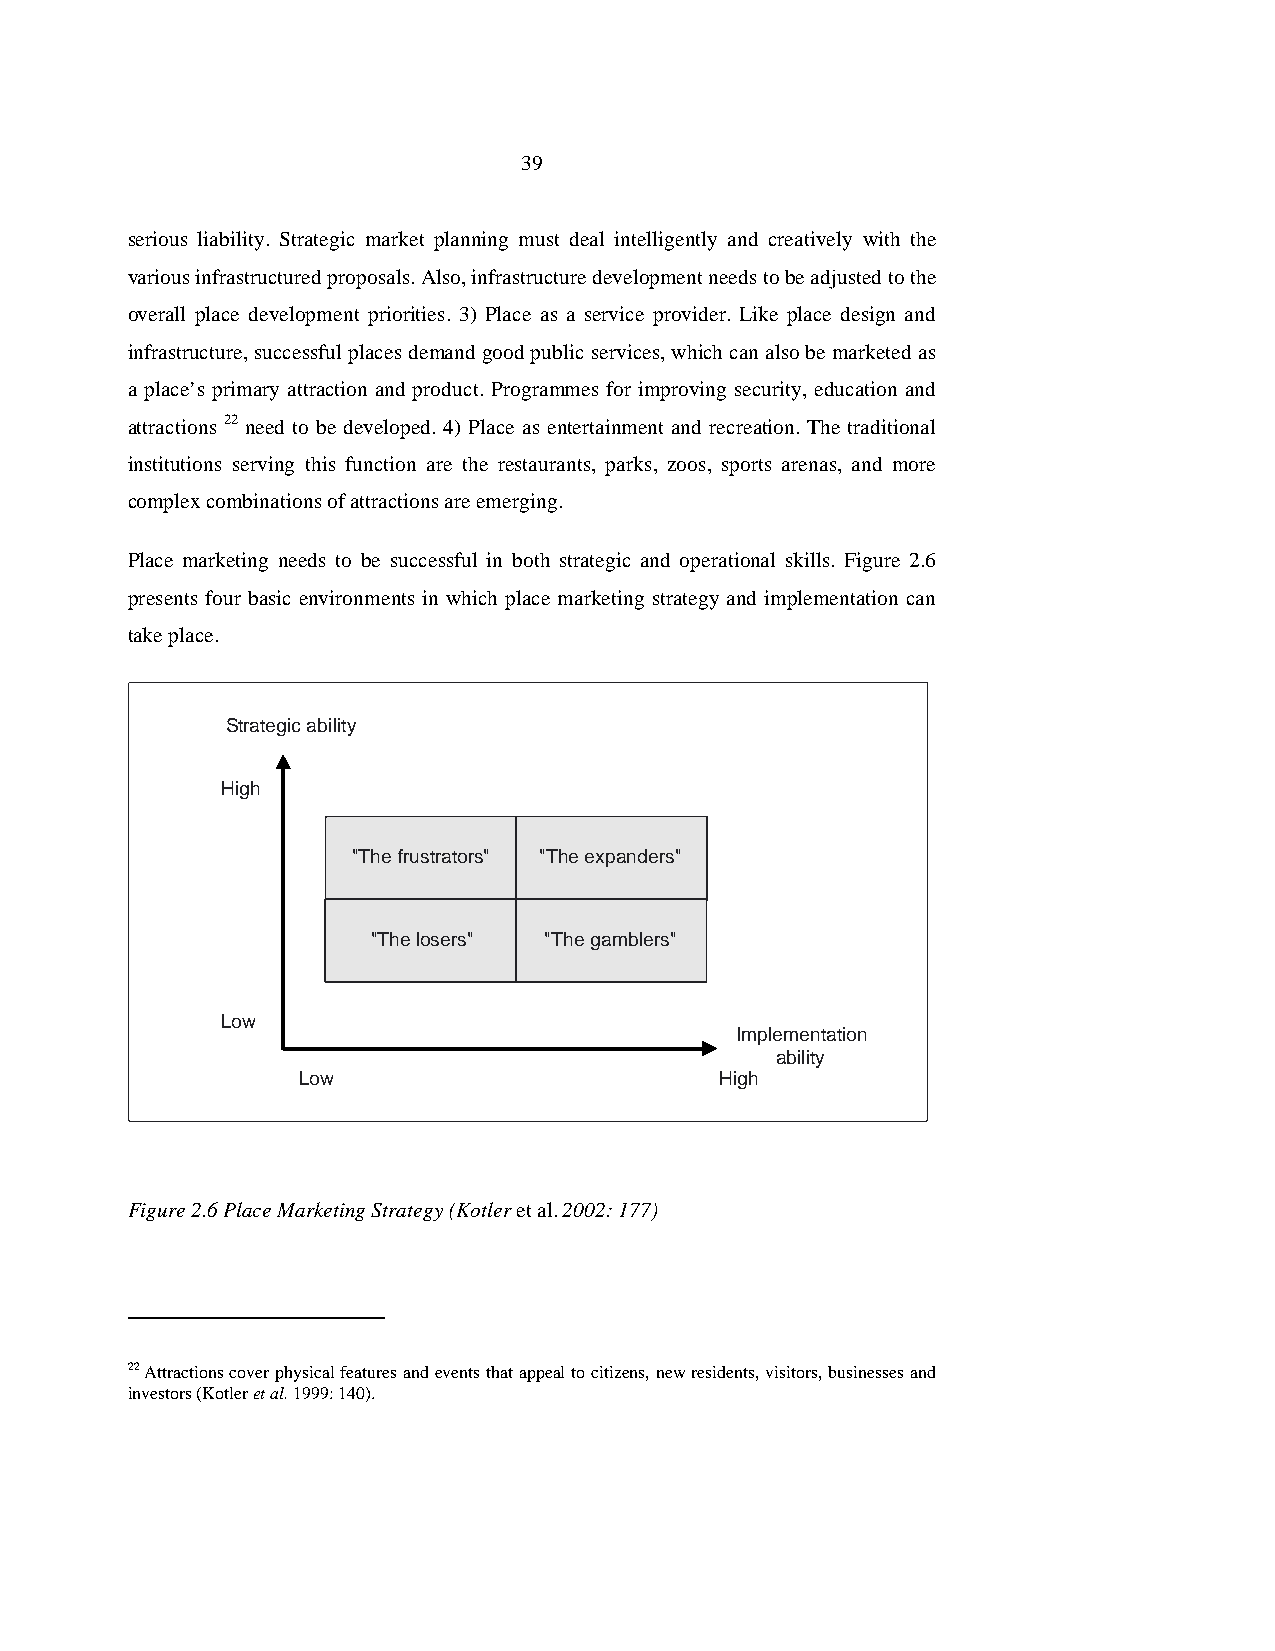
39
 serious liability. Strategic market planning must deal intelligently and creatively with the
 various infrastructured proposals. Also, infrastructure development needs to be adjusted to the
 overall place development priorities. 3) Place as a service provider. Like place design and
 infrastructure, successful places demand good public services, which can also be marketed as
 a place’s primary attraction and product. Programmes for improving security, education and
 attractions 22 need to be developed. 4) Place as entertainment and recreation. The traditional
 institutions serving this function are the restaurants, parks, zoos, sports arenas, and more
 complex combinations of attractions are emerging.
 Place marketing needs to be successful in both strategic and operational skills. Figure 2.6
 presents four basic environments in which place marketing strategy and implementation can
 take place.
 Strategic ability
 High
 "The frustrators" "The expanders"
 "The losers" "The gamblers"
 Low
 Implementation
 ability
 Low                         High
 Figure 2.6 Place Marketing Strategy (Kotler et al. 2002: 177)
 22 Attractions cover physical features and events that appeal to citizens, new residents, visitors, businesses and
 investors (Kotler et al. 1999: 140).